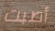
أصبت